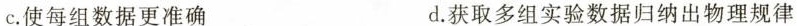
c.使每组数据更准确 d.获取多组实验数据归纳出物理规律